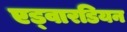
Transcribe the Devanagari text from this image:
एड्वारडियन